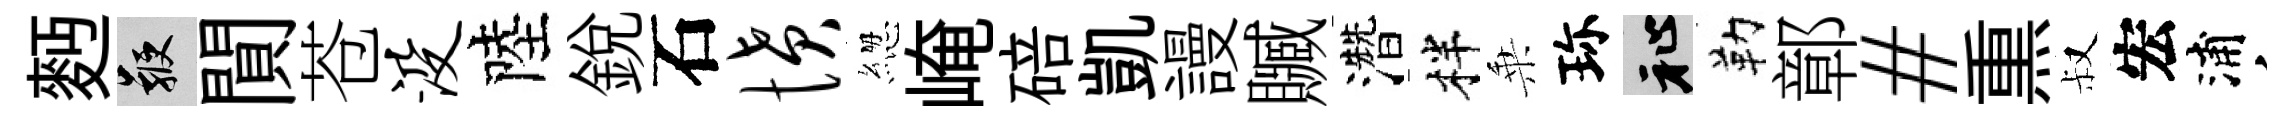
麪鞭閴苍没陸銳石愤緫崦碚凱謾贓濳柈乗珎祉勒鄣#𤋱叔宏浦